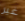
غير